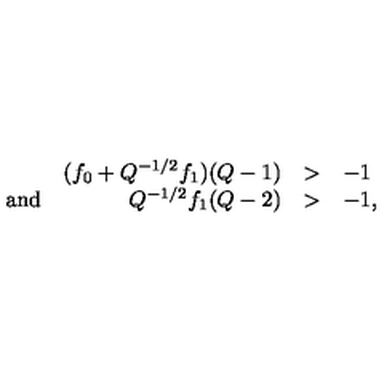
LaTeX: \begin{array} { l r l l } { } & { ( f _ { 0 } + Q ^ { - 1 / 2 } f _ { 1 } ) ( Q - 1 ) } & { > } & { - 1 } \\ { \mathrm { a n d } } & { Q ^ { - 1 / 2 } f _ { 1 } ( Q - 2 ) } & { > } & { - 1 , } \\ \end{array}